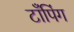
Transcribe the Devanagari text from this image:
टाँपिंग